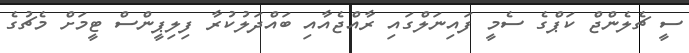
ސީ ޗެލެންޖް ކަޕްގެ ސެމީ ފައިނަލްގައި ރާއްޖެއާއި ބައްދަލުކުރާ ފިލިޕީންސް ޓީމަށް މެޗުގެ